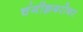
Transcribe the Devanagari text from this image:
चंगीझबरोबर